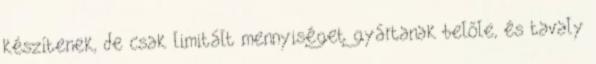
készítenek, de csak limitált mennyiséget gyártanak belőle, és tavaly